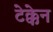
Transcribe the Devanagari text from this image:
टेक्केन